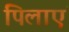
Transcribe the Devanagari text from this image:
पिलाएं